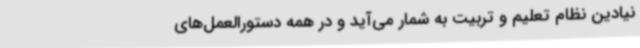
نیادین نظام تعلیم و تربیت به شمار می‌آید و در همه دستورالعمل‌های